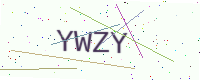
Text: YWZY